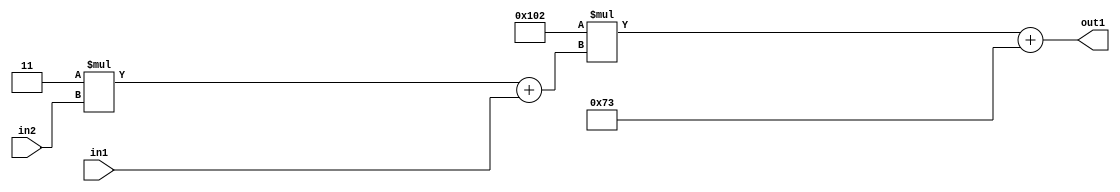
`timescale 1ps / 1ps
/*****************************************************************************
    Verilog RTL Description
    
    
    Created by: Stratus DpOpt 2019.1.01 
*******************************************************************************/

module DC_Filter_Add2i115Mul2i258Add2u1Mul2i3u2_4 (
	in2,
	in1,
	out1
	); /* architecture "behavioural" */ 
input [1:0] in2;
input  in1;
output [11:0] out1;
wire [11:0] asc001;
wire [3:0] asc002;

wire [3:0] asc002_tmp_0;
assign asc002_tmp_0 = 
	+(4'B0011 * in2);
assign asc002 = asc002_tmp_0
	+(in1);

wire [11:0] asc001_tmp_1;
assign asc001_tmp_1 = 
	+(12'B000100000010 * asc002);
assign asc001 = asc001_tmp_1
	+(12'B000001110011);

assign out1 = asc001;
endmodule

/* CADENCE  v7X0Qws= : u9/ySgnWtBlWxVPRXgAZ4Og= ** DO NOT EDIT THIS LINE ******/